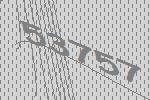
53757